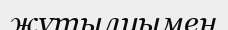
жұтылуымен